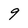
Character: 9